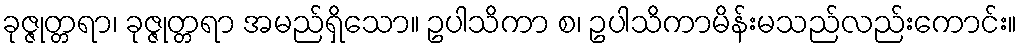
ခုဇ္ဇုတ္တရာ၊ ခုဇ္ဇုတ္တရာ အမည်ရှိသော။ ဥပါသိကာ စ၊ ဥပါသိကာမိန်းမသည်လည်းကောင်း။